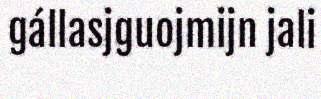
gállasjguojmijn jali